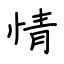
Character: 情